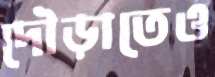
দৌড়াতেও